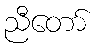
ညီတော်